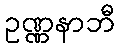
ဥဏ္ဏနာဘီ